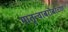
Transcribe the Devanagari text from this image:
मातृत्वाबरोबरच्या